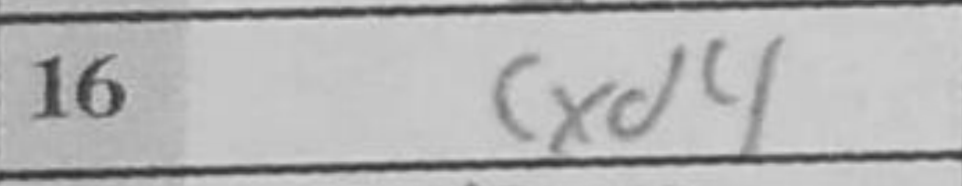
Transcription: cxd4